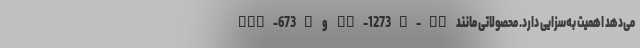
می‌دهد اهمیت به‌سزایی دارد. محصولاتی مانند TS-1273U-RP و TVS-673e